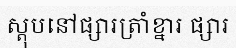
ស្តុបនៅផ្សារត្រាំខ្នារ ផ្សារ